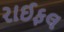
રાઈફલ